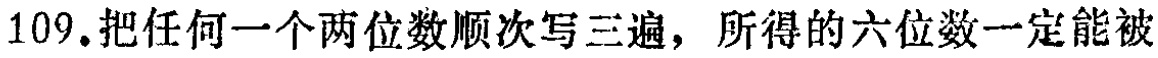
109.把任何一个两位数顺次写三遍，所得的六位数一定能被